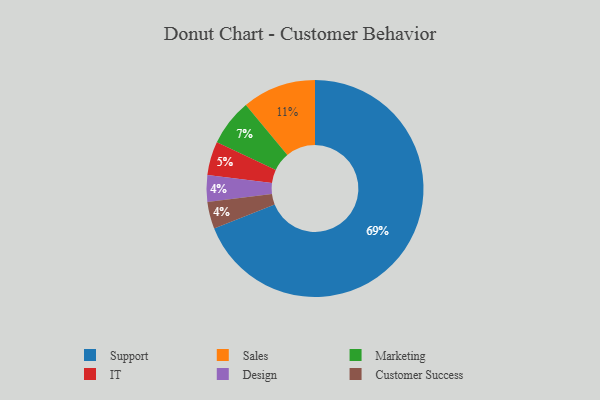
{"axis": {"x": "Category", "y": "Percentage"}, "legend": ["Customer Success", "Design", "IT", "Marketing", "Sales", "Support"], "data": [{"x": "IT", "y": 5, "type": "IT"}, {"x": "Support", "y": 69, "type": "Support"}, {"x": "Design", "y": 4, "type": "Design"}, {"x": "Sales", "y": 11, "type": "Sales"}, {"x": "Customer Success", "y": 4, "type": "Customer Success"}, {"x": "Marketing", "y": 7, "type": "Marketing"}]}